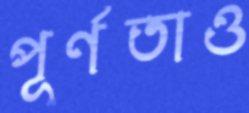
পূর্ণতাও